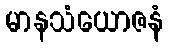
မာနသံယောဇနံ